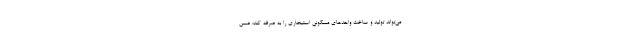
می‌تواند تولید و ساخت واحدهای مسکونی استیجاری را به صرفه کند؛ ضمن